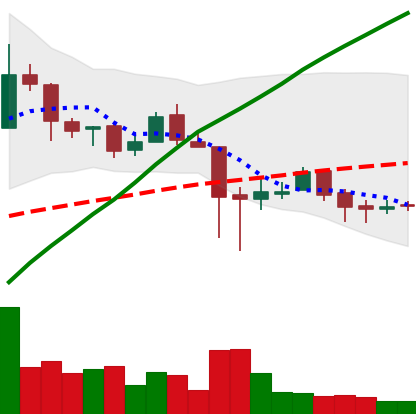
Ticker: LTC-USD
Chart end date: 2018-01-25
Forward return: -8.318%
Label: down_7plus